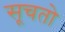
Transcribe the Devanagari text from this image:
सूचतो